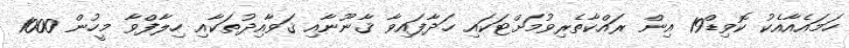
ހަމައެއާއެކު ކޮވިޑް19 އިން ރައްކާތެރިވުމަށްޓަކައި ހަދާފައިވާ ޤާނޫނާއި ޤަވާއިދުތަކާއި ހިލާފްވާ މީހުން 1000